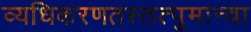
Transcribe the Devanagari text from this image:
व्यधिकरणतस्तत्पुमान्वा